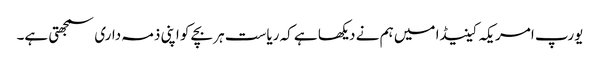
یورپ امریکہ کینیڈا میں ہم نے دیکھا ہے کہ ریاست ہر بچے کو اپنی ذمہ داری سمجھتی ہے۔